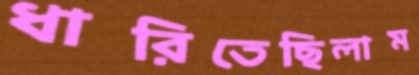
ধারিতেছিলাম